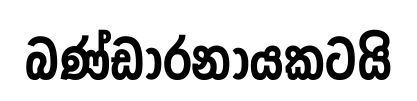
බණ්ඩාරනායකටයි